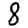
Digit: 8